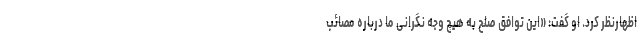
اظهارنظر کرد. او گفت: «این توافق صلح به هیچ وجه نگرانی ما درباره مصائب